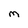
Character: M